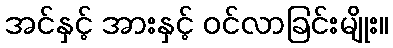
အင်နှင့် အားနှင့် ဝင်လာခြင်းမျိုး။